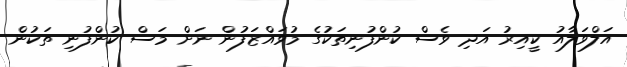
އަލްވަލާއު ކީއިރު އަދި ވެސް ކުންފުނިތަކުގެ މުވައްޒަފުން ނަށް މަސް ކުންފުނި ތަކުން